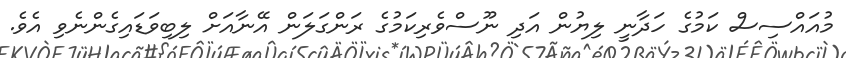
މުއައްސިސް ކަމުގެ ހަދާނީ ލިޔުން އަދި ނޫސްވެރިކަމުގެ ރަންގަލަން އޭނާއަށް ލިބިވަޑައިގެންނެވި އެވެ.